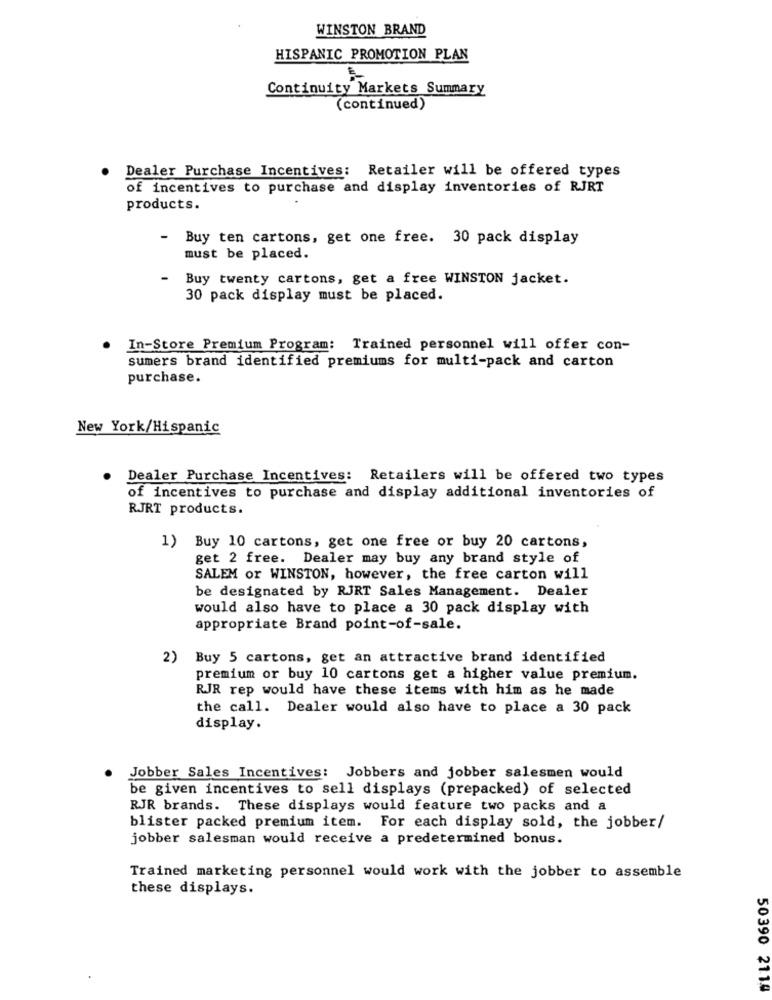
WINSTON BRAND
HISPANIC PROMOTION PLAN
Continuity Markets Summary
(continued)
Dealer Purchase Incentives: Retailer will be offered types
of incentives to purchase and display inventories of RJRT
products.
-
Buy ten cartons, get one free. 30 pack display
must be placed.
Buy twenty cartons, get a free WINSTON jacket.
30 pack display must be placed.
.
In-Store Premium Program: Trained personnel will offer con-
sumers brand identified premiums for multi-pack and carton
purchase.
New York/Hispanic
Dealer Purchase Incentives: Retailers will be offered two types
of incentives to purchase and display additional inventories of
RJRT products.
1) Buy 10 cartons, get one free or buy 20 cartons,
get 2 free. Dealer may buy any brand style of
SALEM or WINSTON, however, the free carton will
be designated by RJRT Sales Management. Dealer
would also have to place a 30 pack display with
appropriate Brand point-of-sale.
2)
Buy 5 cartons, get an attractive brand identified
premium or buy 10 cartons get a higher value premium.
RJR rep would have these items with him as he made
the call. Dealer would also have to place a 30 pack
display.
Jobber Sales Incentives: Jobbers and jobber salesmen would
be given incentives to sell displays (prepacked) of selected
RJR brands. These displays would feature two packs and a
blister packed premium item. For each display sold, the jobber/
jobber salesman would receive a predetermined bonus.
Trained marketing personnel would work with the jobber to assemble
these displays.
50390 2110